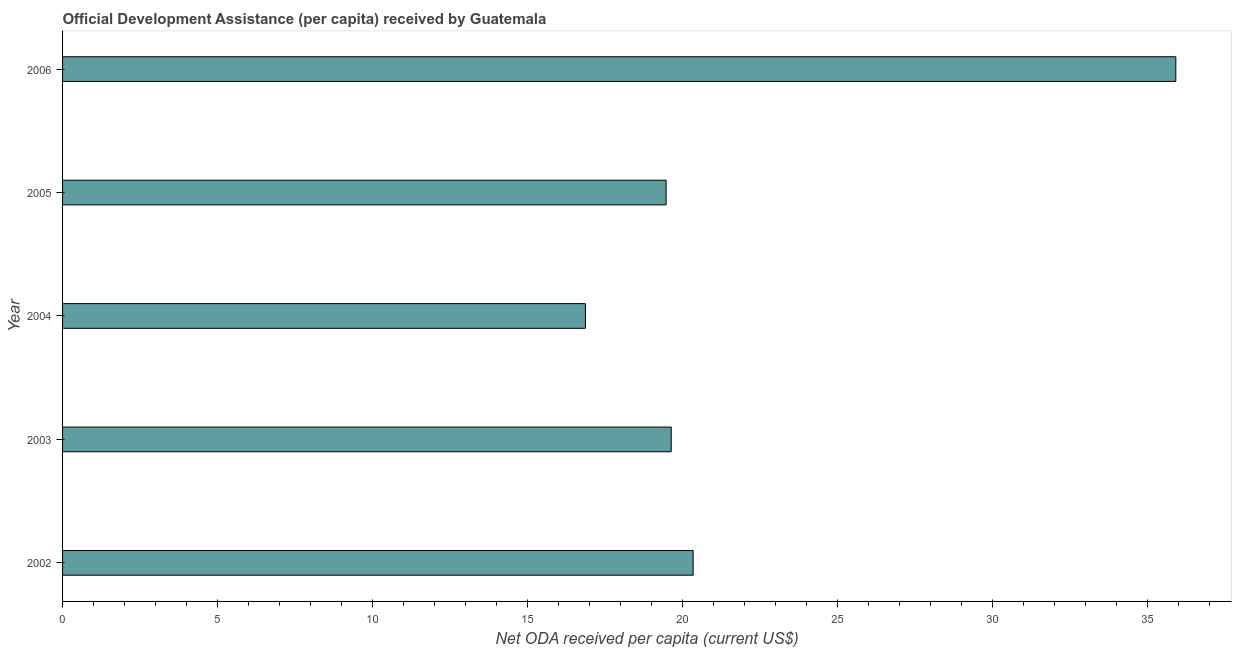
| Year | Net ODA received per capita |
 | --- | --- |
 | 2002 | 20.3 |
 | 2003 | 19.6 |
 | 2004 | 16.9 |
 | 2005 | 19.5 |
 | 2006 | 35.9 |